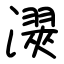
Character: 㵤